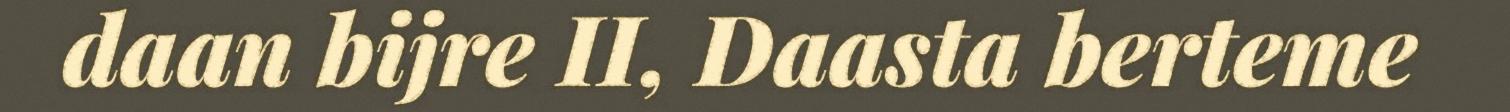
daan bijre II, Daasta berteme